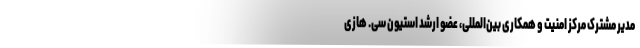
مدیر مشترک مرکز امنیت و همکاری بین‌المللی، عضو ارشد استیون سی. هازی